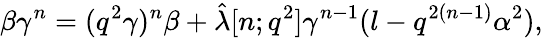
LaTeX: \beta\gamma^{n}=(q^{2}\gamma)^{n}\beta+\hat{\lambda}[n;q^{2}]\gamma^{n-1}(l-q^{2(n-1)}\alpha^{2}),